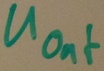
Text: UOut